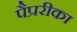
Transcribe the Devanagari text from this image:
पैप्ररीका